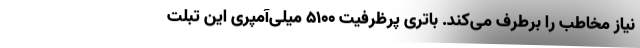
نیاز مخاطب را برطرف می‌کند. باتری پرظرفیت ۵۱۰۰ میلی‌آمپری این تبلت